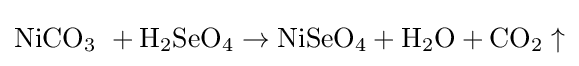
\mathrm {NiCO_{3}\ +H_{2}SeO_{4}\rightarrow NiSeO_{4}+H_{2}O+CO_{2}\uparrow }